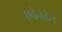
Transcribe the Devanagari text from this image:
एवेनडेल